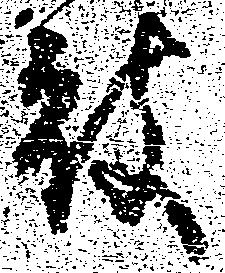
被